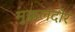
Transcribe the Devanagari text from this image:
मुक्कलदोर